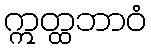
ဣတ္ထဘာဝံ